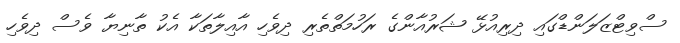
ސްވިޓްޒަލަންޑްގައި ދިރިއުޅޭ ޝަރުއާންގެ ރަހުމަތްތެރި ދިވެހި އާއިލާތަކާ އެކު ތާނިޔާ ވެސް ދިވެހި